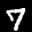
Label: 7